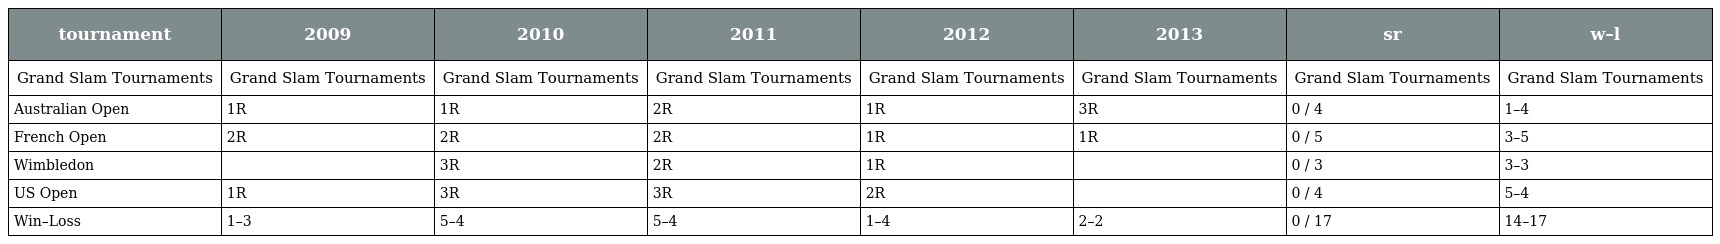
| tournament | 2009 | 2010 | 2011 | 2012 | 2013 | sr | w–l |
 | --- | --- | --- | --- | --- | --- | --- | --- |
 | Grand Slam Tournaments | Grand Slam Tournaments | Grand Slam Tournaments | Grand Slam Tournaments | Grand Slam Tournaments | Grand Slam Tournaments | Grand Slam Tournaments | Grand Slam Tournaments |
 | Australian Open | 1R | 1R | 2R | 1R | 3R | 0 / 4 | 1–4 |
 | French Open | 2R | 2R | 2R | 1R | 1R | 0 / 5 | 3–5 |
 | Wimbledon |  | 3R | 2R | 1R |  | 0 / 3 | 3–3 |
 | US Open | 1R | 3R | 3R | 2R |  | 0 / 4 | 5–4 |
 | Win–Loss | 1–3 | 5–4 | 5–4 | 1–4 | 2–2 | 0 / 17 | 14–17 |